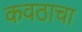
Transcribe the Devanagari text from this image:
कवठाचा